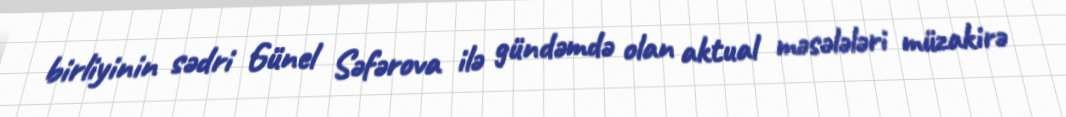
birliyinin sədri Günel Səfərova ilə gündəmdə olan aktual məsələləri müzakirə